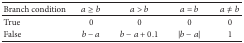
<table><thead><tr><td><b>Branch condition </b></td><td><b><i>a</i> ≥ <i>b</i></b></td><td><b><i>a</i> &gt; <i>b</i></b></td><td><b><i>a</i> = <i>b</i></b></td><td><b><i>a</i> ≠ <i>b</i></b></td></tr></thead><tbody><tr><td>True </td><td> 0 </td><td> 0 </td><td> 0 </td><td> 0</td></tr><tr><td>False </td><td><i>b</i> − <i>a</i></td><td><i>b</i> − <i>a</i> + 0.1</td><td>|<i>b</i> − <i>a</i>|</td><td> 1</td></tr></tbody></table>